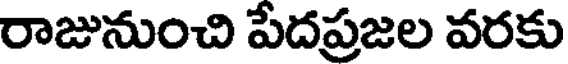
రాజునుంచి పేదప్రజల వరకు